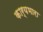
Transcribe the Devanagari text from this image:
कार्यभारा